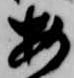
安